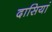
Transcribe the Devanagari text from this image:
दासियां